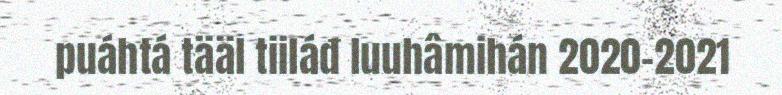
puáhtá tääl tiiláđ luuhâmihán 2020–2021